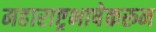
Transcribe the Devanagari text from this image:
महाराष्ट्रभाषेकरून